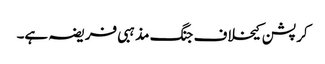
کرپشن کیخلاف جنگ مذہبی فریضہ ہے۔